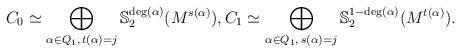
LaTeX: \begin{align*}C_{0}\simeq \bigoplus_{\alpha\in Q_{1},\,t(\alpha)=j}\mathbb{S}_{2}^{\deg(\alpha)}(M^{s(\alpha)}), C_{1}\simeq \bigoplus_{\alpha\in Q_{1},\,s(\alpha)=j}\mathbb{S}_{2}^{1-\deg(\alpha)}(M^{t(\alpha)}).\end{align*}